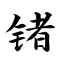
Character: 锗